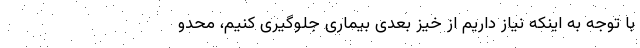
با توجه به اینکه نیاز داریم از خیز بعدی بیماری جلوگیری کنیم، محدو